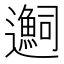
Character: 𬩬